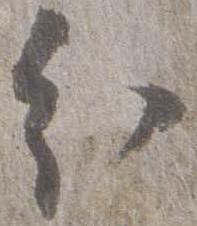
分